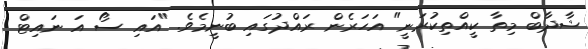
ޝާދާބް މިތާ ކީއްތިކުރަނީ" އަހަރެން ރައްްދުގައި ބުނީމެވެ. "އައި ސޯ އަ ނައިޓް